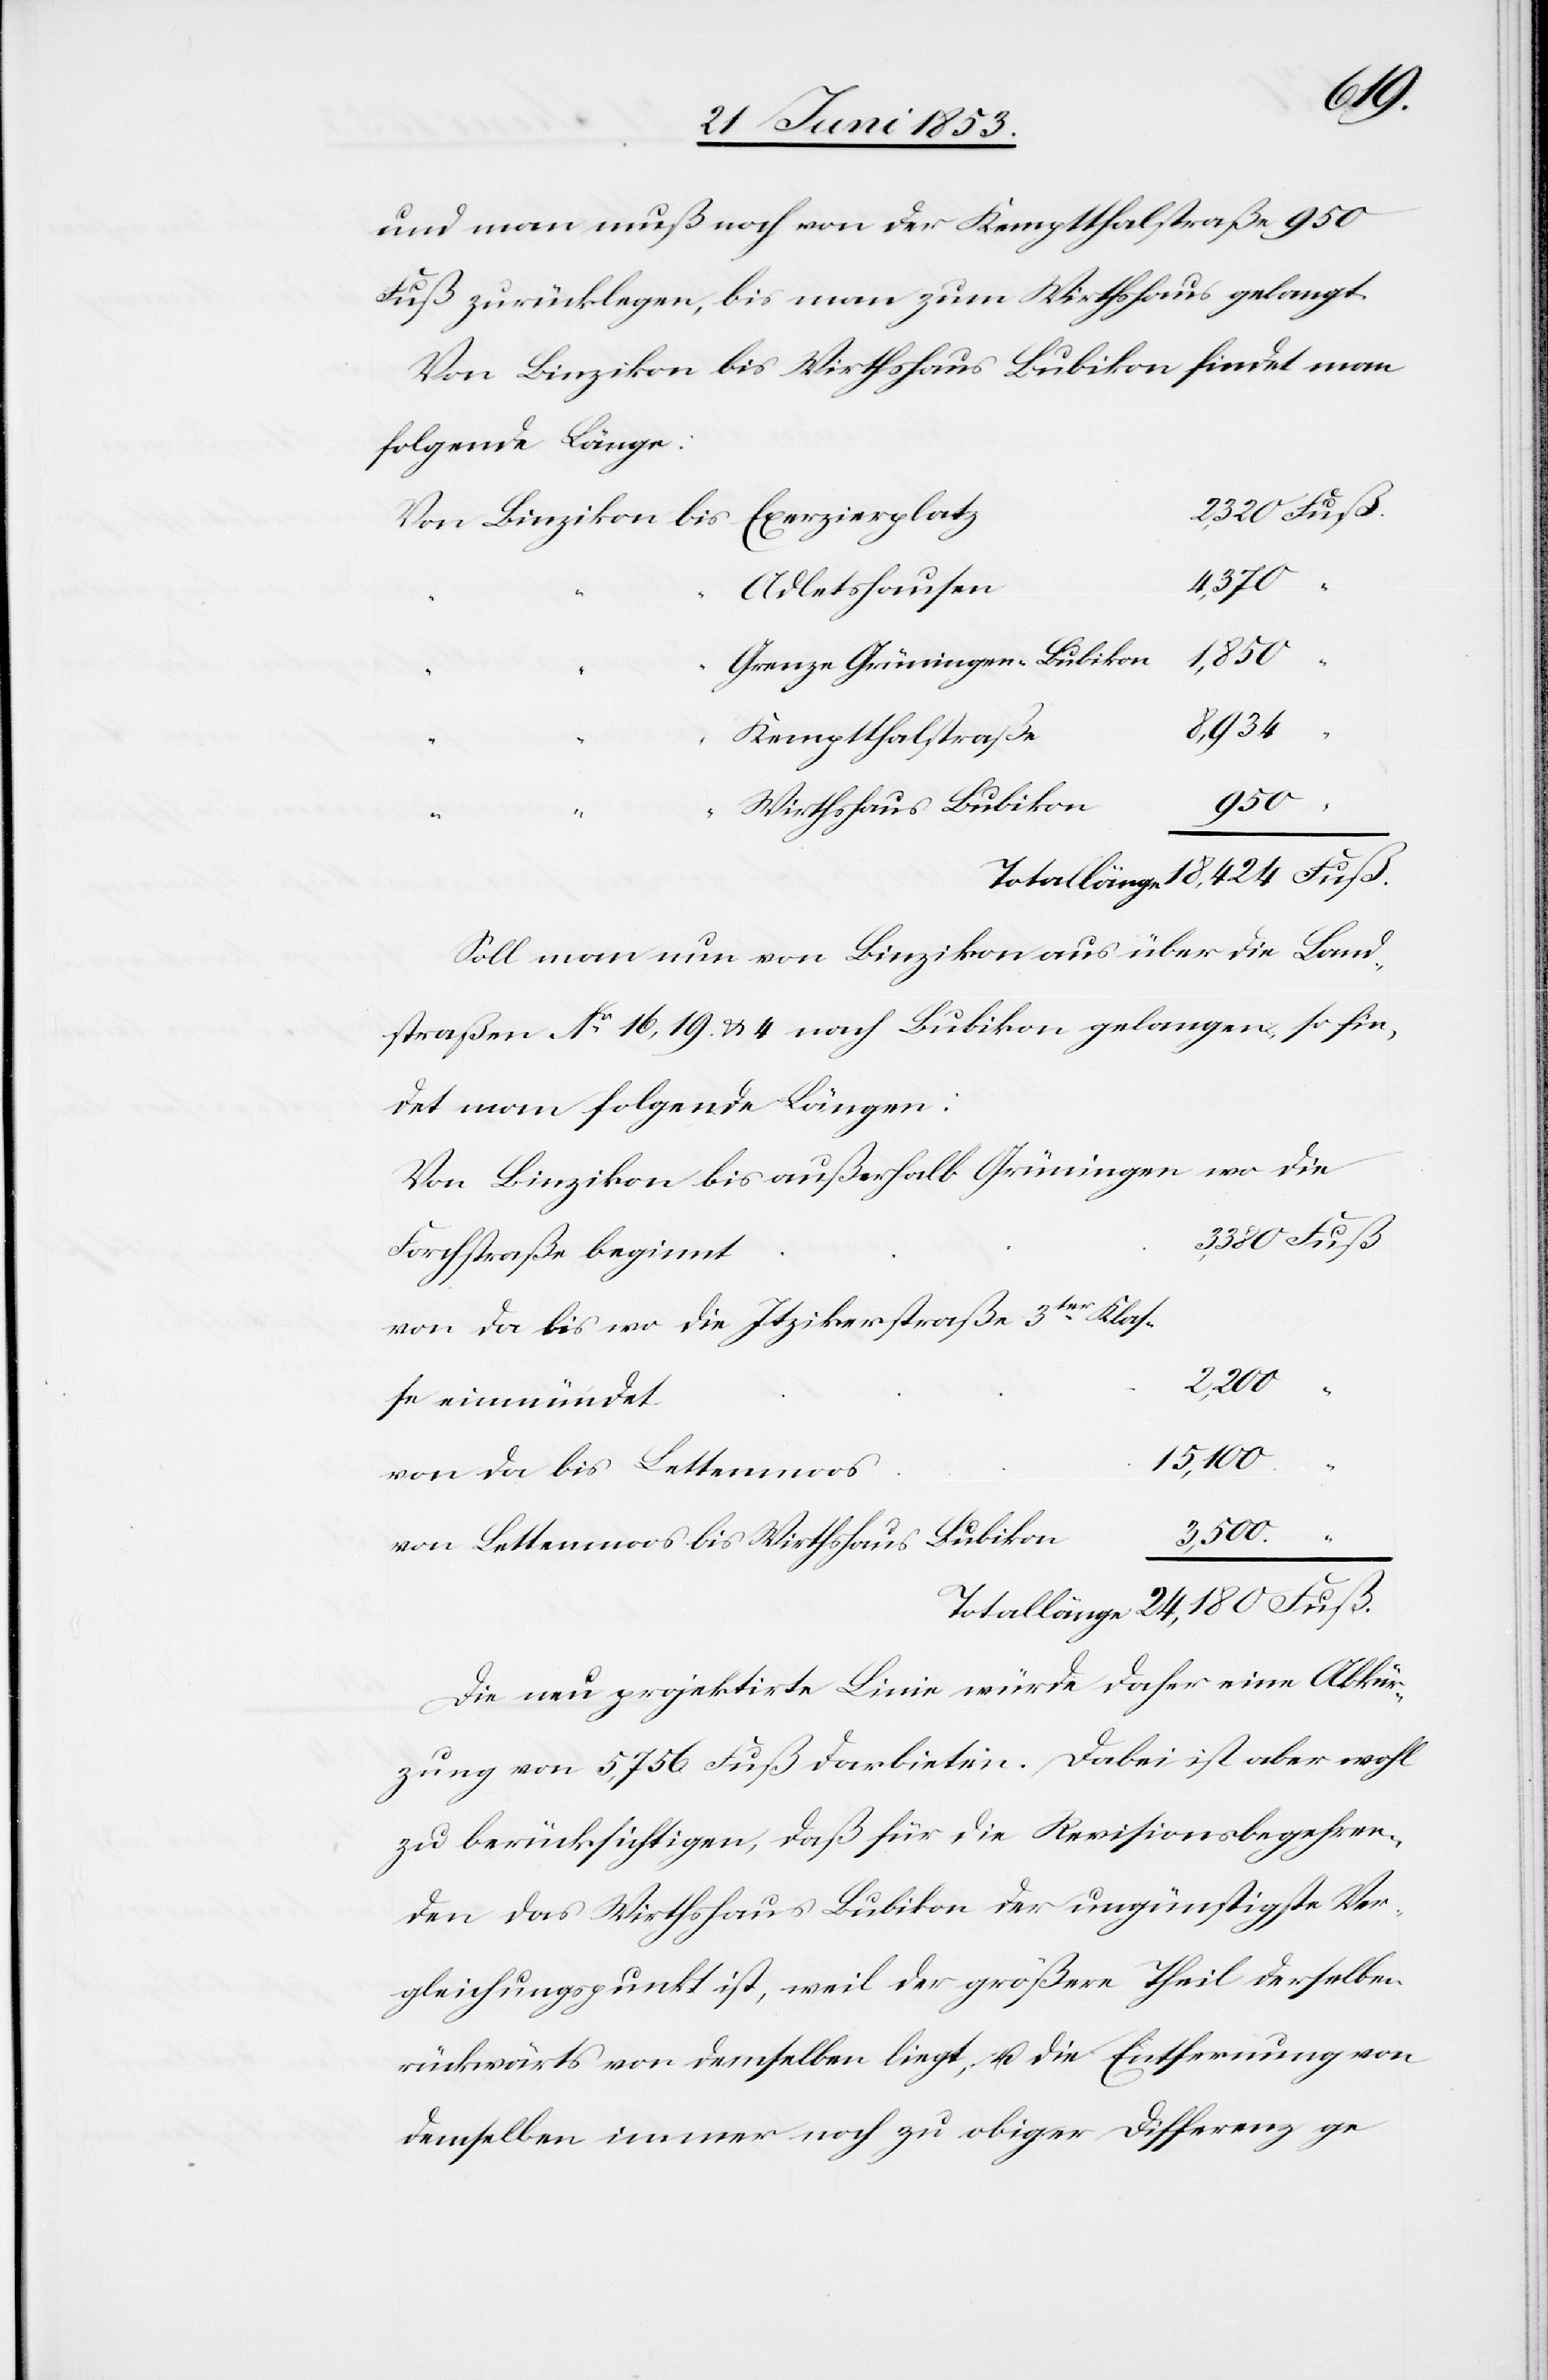
und man muß noch von der Kemptthalstraße 950
Fuß zurücklegen, bis man zum Wirthshaus gelangt.
Von Binzikon bis Wirthshaus Bubikon findet man
folgende Länge:
Exerzierplat¬
Von Binzikon bis
950
Totallänge		18,424 Fuß.
Soll man nun von Binzikon aus über die Land¬
straßen N°. 16,19 u. 4 nach Bubikon gelangen, so fin¬
det man folgende Längen:
Von Binzikon bis außerhalb Grüningen wo die
t	3,380 Fuß
Forchstraße beginn¬
von da bis wo die Itzikerstraße 3ter. Klas¬
bis
n						3,500
von Lettenmoos bis Wirthshaus Bubiko¬
Totallänge 24,180 Fuß.
Die neu projektirte Linie würde daher eine Abkür¬
zung von 5,756 Fuß darbieten. Dabei ist aber wohl
zu berücksichtigen, daß für die Revisionsbegehr¬
en das Wirthshaus Bubikon der ungünstigste Ver¬
gleichungspunkt ist, weil der größere Theil derselben
rückwärts von demselben liegt, u. die Entfernung von
demselben immer noch zu obiger Differenz ge-